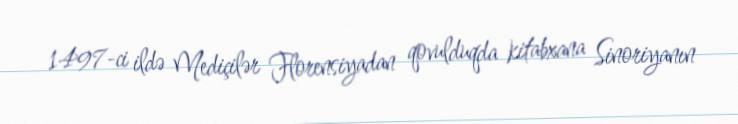
1497-ci ildə Mediçilər Florensiyadan qovulduqda kitabxana Sinoriyanın